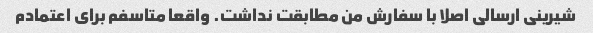
شیرینی ارسالی اصلا با سفارش من مطابقت نداشت. واقعا متاسفم برای اعتمادم